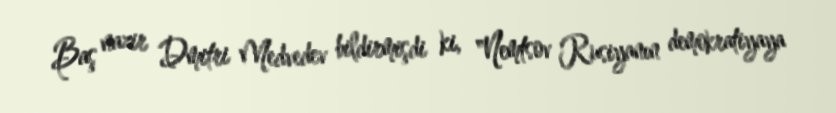
Baş nazir Dmitri Medvedev bildirmişdi ki, "Nemtsov Rusiyanın demokratiyaya